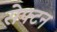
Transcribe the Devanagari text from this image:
सेफ्टन